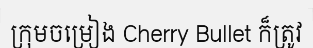
ក្រុមចម្រៀង Cherry Bullet ក៏ត្រូវ